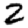
Digit: 2